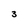
Character: 3